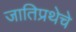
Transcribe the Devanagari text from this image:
जातिप्रथेचे